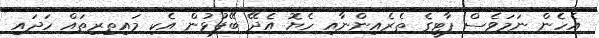
އެހެން ނަމަވެސް ޕާޓީގެ ތެރެއިންނާއި ހެޔޮ އެދޭ ބޭފުޅުން އެކި މައިތިރިތައް ހަދައި